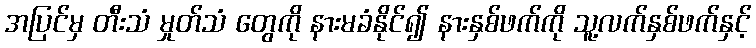
အပြင်မှ တီးသံ မှုတ်သံ တွေကို နားမခံနိုင်၍ နားနှစ်ဖက်ကို သူ့လက်နှစ်ဖက်နှင့်